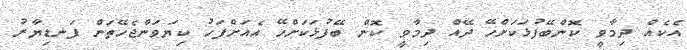
އެކެއް ދިމާވީ ކޮންބޭފުޅަކަށްހޭ ދޭއް ދިމާވީ ކޮން ބޭފުޅަކަށްހޭ އެއަށްފަހު ކިޔަވަންޖެހޭތަން ފަނޑިޔާރު